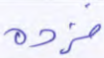
فزده